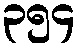
၃၅၄